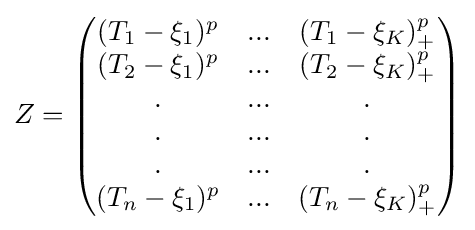
Z={\begin{pmatrix}(T_{1}-\xi _{1})^{p}&...&(T_{1}-\xi _{K})_{+}^{p}\\(T_{2}-\xi _{1})^{p}&...&(T_{2}-\xi _{K})_{+}^{p}\\.&...&.\\.&...&.\\.&...&.\\(T_{n}-\xi _{1})^{p}&...&(T_{n}-\xi _{K})_{+}^{p}\end{pmatrix}}